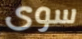
سوى